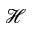
\mathcal { H }